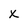
Character: X